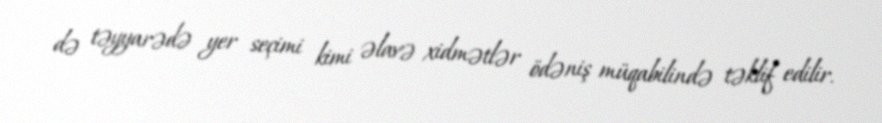
də təyyarədə yer seçimi kimi əlavə xidmətlər ödəniş müqabilində təklif edilir.